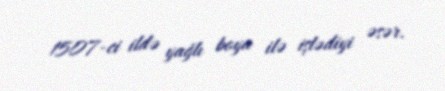
1507-ci ildə yağlı boya ilə işlədiyi əsər.